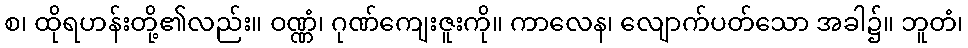
စ၊ ထိုရဟန်းတို့၏လည်း။ ဝဏ္ဏံ၊ ဂုဏ်ကျေးဇူးကို။ ကာလေန၊ လျောက်ပတ်သော အခါ၌။ ဘူတံ၊